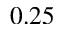
0 . 2 5